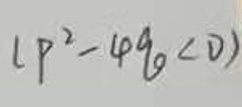
\((p^{2}-4q<0)\)